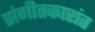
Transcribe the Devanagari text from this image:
संगीतकारांत